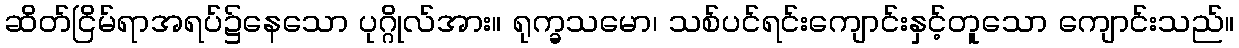
ဆိတ်ငြိမ်ရာအရပ်၌နေသော ပုဂ္ဂိုလ်အား။ ရုက္ခသမော၊ သစ်ပင်ရင်းကျောင်းနှင့်တူသော ကျောင်းသည်။